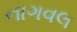
નાગવલ